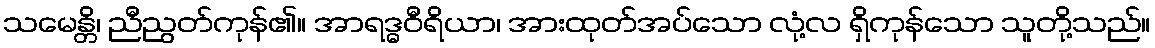
သမေန္တိ၊ ညီညွတ်ကုန်၏။ အာရဒ္ဓဝီရိယာ၊ အားထုတ်အပ်သော လုံ့လ ရှိကုန်သော သူတို့သည်။